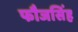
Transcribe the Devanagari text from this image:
फौजसिंह